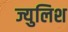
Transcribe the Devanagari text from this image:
ज्युलिश